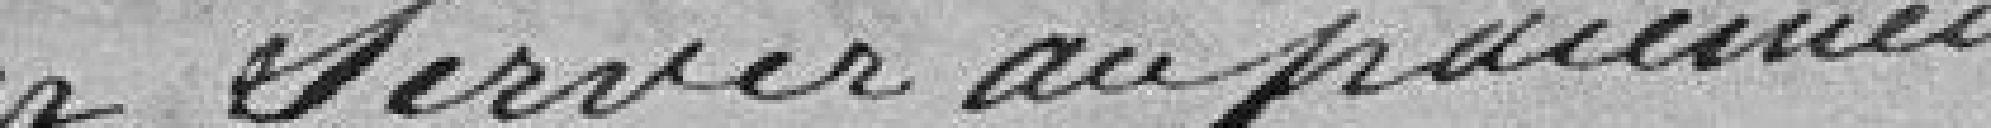
seront versés au paiement